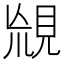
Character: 𧠬